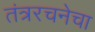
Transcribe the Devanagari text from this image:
तंत्ररचनेचा